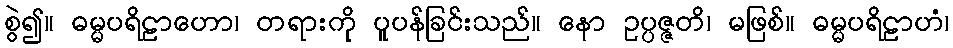
စွဲ၍။ ဓမ္မပရိဠာဟော၊ တရားကို ပူပန်ခြင်းသည်။ နော ဥပ္ပဇ္ဇတိ၊ မဖြစ်။ ဓမ္မပရိဠာဟံ၊